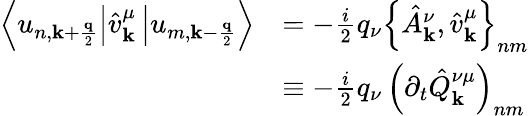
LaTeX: \begin{array}{rl}{\left\langle u_{n,\mathbf{k}+\frac{\mathbf{q}}{2}}\right\vert\hat{v}_{\mathbf{k}}^{\mu}\left\vert u_{m,\mathbf{k}-\frac{\mathbf{q}}{2}}\right\rangle}&{=-\frac{i}{2}q_{\nu}\left\{ \hat{A}_{\mathbf{k}}^{\nu},\hat{v}_{\mathbf{k}}^{\mu}\right\} _{nm}}\\ &{\equiv-\frac{i}{2}q_{\nu}\, \left(\partial_{t}\hat{Q}_{\mathbf{k}}^{\nu\mu}\right)_{nm}}\end{array}